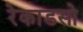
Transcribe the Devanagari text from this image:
रेकाडसो